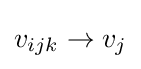
v_{ijk}\rightarrow v_{j}